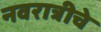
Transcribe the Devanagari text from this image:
नवरात्रीचे